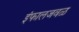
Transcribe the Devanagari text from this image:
इंफालजवळ